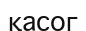
қасог